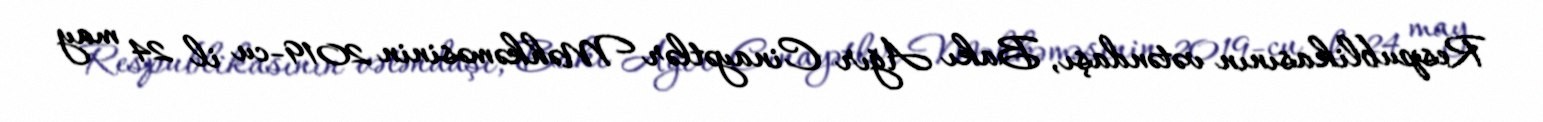
Respublikasının vətəndaşı, Bakı Ağır Cinayətlər Məhkəməsinin 2019-cu il 24 may